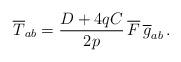
LaTeX: \begin{align*}\overline{T}_{ab}=\frac{D+4qC}{2p}\,\overline{F}\,\overline{g}_{ab}\,.\end{align*}